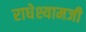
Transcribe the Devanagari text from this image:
राधेश्यामजी